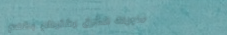
حلويات الشرق يغنيكم بطعم